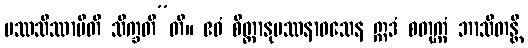
ပဿသိဿာမီတိ သိက္ခတီ”တိ။ ဧဝံ စိတ္တာနုပဿနာဝသေန ဣဒံ စတုက္ကံ ဘာသိတန္တိ